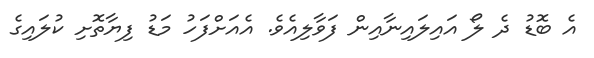
އެ ބޮޑު ދެ ލޯ އައިލައިނާއިން ފަވާލިއެވެ. އެއަށްފަހު މަޑު ފިޔާތޮށި ކުލައިގެ